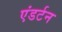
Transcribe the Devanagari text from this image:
एंडर्टन